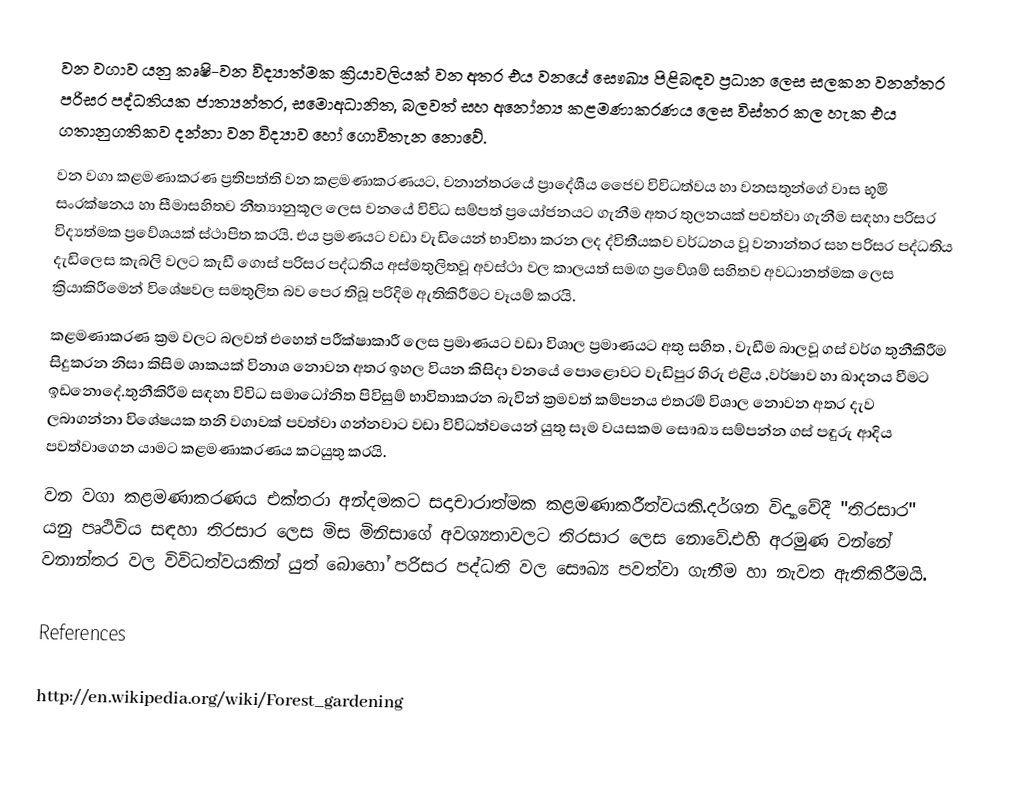
වන වගාව යනු කෘෂි-වන විද්‍යාත්මක ක්‍රියාවලියක් වන අතර  එය වනයේ සෞඛ්‍ය පිළිබඳව ප්‍රධාන ලෙස සලකන වනන්තර පරිසර පද්ධතියක ජාත්‍යන්තර, සමොඅධානිත, බලවත් සහ අනෝන්‍ය කළමණාකරණය ලෙස විස්තර කල හැක එය ගතානුගතිකව  දන්නා වන විද්‍යාව හෝ ගොවිතැන නොවේ.
වන වගා කළමණාකරණ ප්‍රතිපත්ති වන කළමණාකරණයට, වනාන්තරයේ ප්‍රාදේශීය ජෛව විවිධත්වය හා වනසතුන්ගේ වාස භූමි සංරක්ෂනය හා සීමාසහිතව නීත්‍යානුකූල ලෙස වනයේ විවිධ සම්පත් ප්‍රයෝජනයට ගැනීම අතර තුලනයක් පවත්වා ගැනීම සඳහා පරිසර විද්‍යත්මක ප්‍රවේශයක් ස්ථාපිත කරයි. එය ප්‍රමණයට වඩා වැඩියෙන් භාවිතා කරන ලද ද්විතීයකව වර්ධනය වූ වනාන්තර සහ පරිසර පද්ධතිය දැඩිලෙස කැබලි වලට කැඩී ගොස් පරිසර පද්ධතිය අස්මතුලිතවූ අවස්ථා වල කාලයත් සමඟ ප්‍රවේශම් සහිතව අවධානත්මක ලෙස ක්‍රියාකිරීමෙන් විශේෂවල සමතුලිත බව පෙර තිබූ පරිදිම ඇතිකිරීමට වෑයම් කරයි.
කළමණාකරණ ක්‍රම වලට බලවත් එහෙත් පරීක්ෂාකාරී ලෙස ප්‍රමාණයට වඩා විශාල ප්‍රමාණයට  අතු සහිත , වැඩීම බාලවූ ගස් වර්ග තුනීකිරීම සිදුකරන නිසා කිසිම ශාකයක් විනාශ නොවන අතර ඉහල වියන කිසිදා වනයේ පොළොවට වැඩිපුර හිරු එළිය ,වර්ෂාව හා ඛාදනය වීමට ඉඩනොදේ.තුනීකිරීම සඳහා විවිධ සමාධෝනිත පිවිසුම් භාවිතාකරන බැවින් ක්‍රමවත් කම්පනය එතරම් විශාල නොවන අතර දැව ලබාගන්නා විශේෂයක තනි වගාවක් පවත්වා ගන්නවාට වඩා විවිධත්වයෙන් යුතු සෑම වයසකම සෞඛ්‍ය සම්පන්න ගස් පඳුරු ආදිය පවත්වාගෙන යාමට කළමණාකරණය කටයුතු කරයි.
වන වගා කළමණාකරණය එක්තරා අන්දමකට සදාචාරාත්මක කළමණාකරීත්වයකි.දර්ශන විද්‍යාවේදී "තිරසාර" යනු පෘථිවිය සඳහා තිරසාර ලෙස මිස මිනිසාගේ අවශ්‍යතාවලට තිරසාර ලෙස නොවේ.එහි අරමුණ වන්නේ වනාන්තර වල විවිධත්වයකින් යුත් බොහෝ  පරිසර පද්ධති වල සෞඛ්‍ය පවත්වා ගැනීම හා නැවත ඇතිකිරීමයි.

References

http://en.wikipedia.org/wiki/Forest_gardening